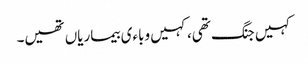
کہیں جنگ تھی، کہیں وباءی بیماریاں تھیں۔